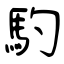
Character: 馰